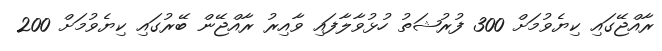
ރާއްޖޭގައި ކިޔެވުމަށް 300 ފުރުޝަތު ހުޅުވާލާފައި ވާއިރު ރާއްޖޭން ބޭރުގައި ކިޔެވުމަށް 200